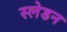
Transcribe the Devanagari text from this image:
स्लेडन